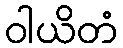
ဝါယိတံ